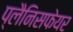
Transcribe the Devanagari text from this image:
प्लैनिसफेयर